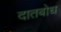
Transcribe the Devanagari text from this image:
दातबोध